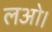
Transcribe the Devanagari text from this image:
लओ।